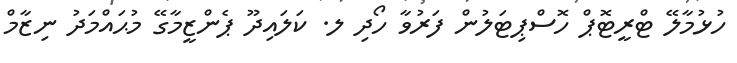
ހުޅުމާލޭ ޓްރީޓޮޕް ހޮސްޕިޓަލުން ފަރުވާ ހޯދި ލ. ކަލައިދޫ ޕެންޒީމާގޭ މުޙައްމަދު ނިޒާމް